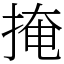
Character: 掩